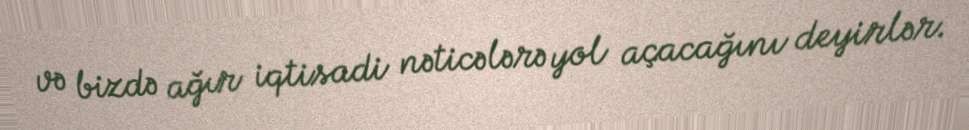
və bizdə ağır iqtisadi nəticələrə yol açacağını deyirlər.